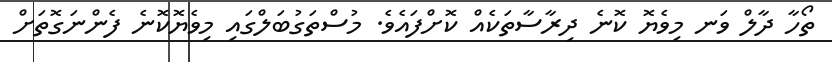
ތޯހާ ދާލް ވަނ މިވެޔޮ ކޮނެ ދިރާސާތަކެއް ކޮށްފައެވެ. މުސްތަގުބަލްގައި މިވެޔޮކޮނެ ފެންނަގޮތަށް